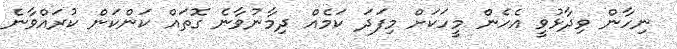
ނިހާން ވިދާޅުވީ އެހެން މީހަކަށް މިފަދަ ކަމެއް ދިމާނުވާނެ ގޮތައް ކަންކަން ކުރައްވާނެ